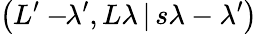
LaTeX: \left(L^{\prime}-\! \! \lambda^{\prime},L\lambda\, |\, s\lambda-\lambda^{\prime}\right)